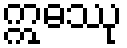
ဣဓဿု